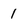
Character: 1